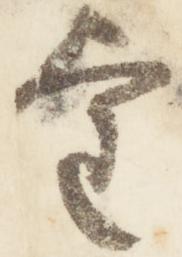
望